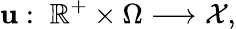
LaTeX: \mathbf{u}:\; \mathbb{{R}}^{+}\times\Omega\longrightarrow\mathcal{{X}},